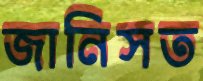
জানিসত